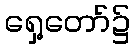
ရှေ့တော်၌